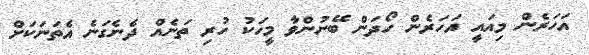
އަހަރެން މިއައީ އަހަރެން ހޯދަން ބޭނުންވާ މީހަކު ހުރި ތަނެއް ދެނެގަނެ އެތަނަކަށް